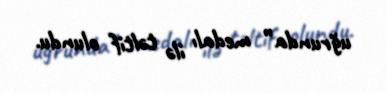
uğrunda” medalı ilə təltif olundu.